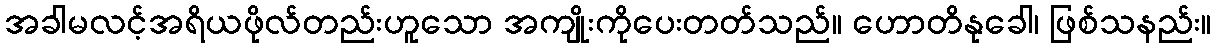
အခါမလင့်အရိယဖိုလ်တည်းဟူသော အကျိုးကိုပေးတတ်သည်။ ဟောတိနုခေါ၊ ဖြစ်သနည်း။